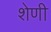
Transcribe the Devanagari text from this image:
शेणी